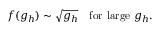
f ( g _ { h } ) \sim \sqrt { g _ { h } } \quad \mathrm { f o r ~ l a r g e } ~ g _ { h } .